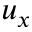
u _ { x }